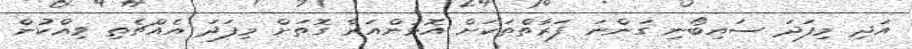
އަދި މިފަދަ ސައިބޯނި ގަންނަ ފަރާތްތަކަށް އޮޅުންއަރާ ގޮތަށް މިފަދަ އެއްޗެތި ވިއްކުން